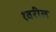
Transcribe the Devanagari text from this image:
१वरील